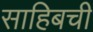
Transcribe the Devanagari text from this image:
साहिबची